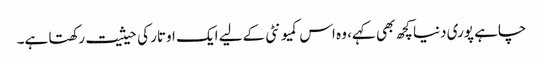
چاہے پوری دنیا کچھ بھی کہے، وہ اس کمیو نٹی کےلیے ایک اوتار کی حیثیت رکھتا ہے۔